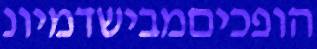
הופכיםמבישדמיונ